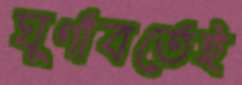
ঘূর্ণাবর্তেই